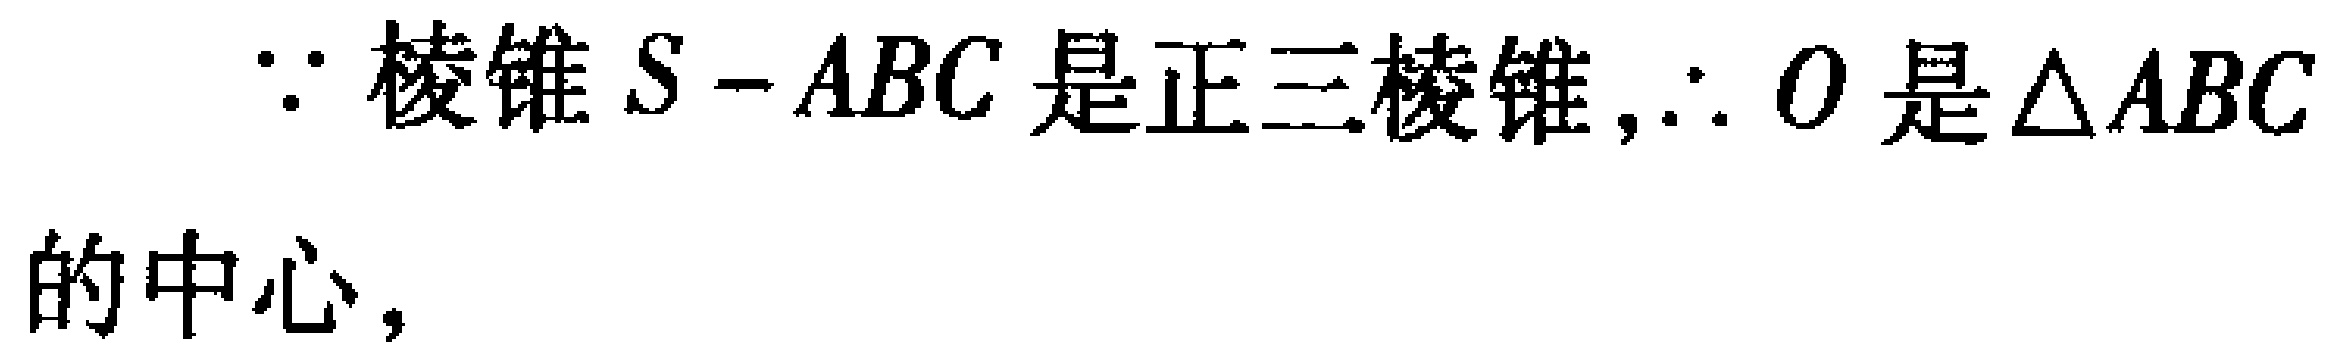
\(\because\)棱锥\(S - ABC\)是正三棱锥,\(\therefore O\)是\(\triangle ABC\)的中心,